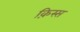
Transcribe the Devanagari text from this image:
क़िस्स